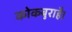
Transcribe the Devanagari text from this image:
कोकबुराहै।